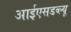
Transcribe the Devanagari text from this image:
आईएसडब्ल्यू